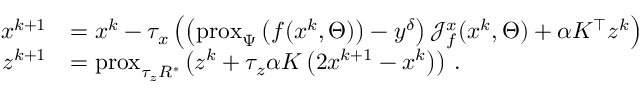
\begin{array} { r l } { x ^ { k + 1 } } & { = x ^ { k } - \tau _ { x } \left( \left( \mathrm { p r o x } _ { \Psi } \left( f ( x ^ { k } , \Theta ) \right) - y ^ { \delta } \right) \mathcal { J } _ { f } ^ { x } ( x ^ { k } , \Theta ) + \alpha K ^ { \top } z ^ { k } \right) \, } \\ { z ^ { k + 1 } } & { = \mathrm { p r o x } _ { \tau _ { z } R ^ { \ast } } \left( z ^ { k } + \tau _ { z } \alpha K \left( 2 x ^ { k + 1 } - x ^ { k } \right) \right) \, . } \end{array}